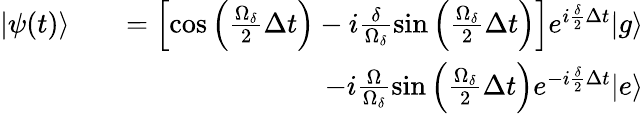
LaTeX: \begin{array}{rlr}{\vert\psi(t)\rangle}&{}&{=\left[\cos\left(\frac{\Omega_{\delta}}{2}\Delta t\right)-i\frac{\delta}{\Omega_{\delta}}\sin\left(\frac{\Omega_{\delta}}{2}\Delta t\right)\right]e^{i\frac{\delta}{2}\Delta t}\vert g\rangle}\\ &{}&{-i\frac{\Omega}{\Omega_{\delta}}\sin\left(\frac{\Omega_{\delta}}{2}\Delta t\right)e^{-i\frac{\delta}{2}\Delta t}\vert e\rangle}\end{array}